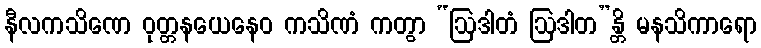
နီလကသိဏေ ဝုတ္တနယေနေဝ ကသိဏံ ကတွာ “ဩဒါတံ ဩဒါတ”န္တိ မနသိကာရော